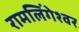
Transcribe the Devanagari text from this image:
रामलिंगेश्‍वर